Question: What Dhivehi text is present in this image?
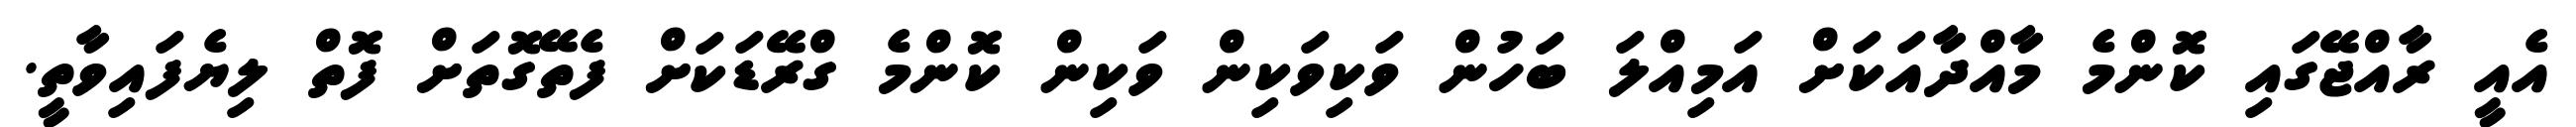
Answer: އެއީ ރާއްޖޭގައި ކޮންމެ މާއްދާއަކަށް އަމިއްލަ ބަހުން ވަކިވަކިން ވަކިން ކޮންމެ ގްރޭޑަކަށް ފެތޭގޮތަށް ފޮތް ލިޔެފައިވާތީ.